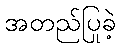
အတည်ပြုခဲ့